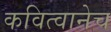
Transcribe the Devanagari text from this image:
कवित्वानेच